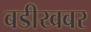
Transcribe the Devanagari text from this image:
बडीखबर